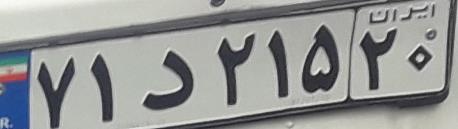
۷۱د۲۱۵۲۰